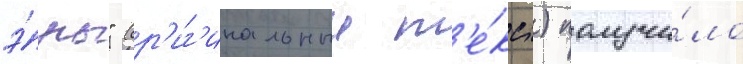
э́ры" (ор'иг'инальныи т'е́кст) получи́ло